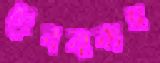
দেববাক্যস